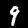
Label: 9